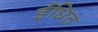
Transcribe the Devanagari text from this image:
ईंधित